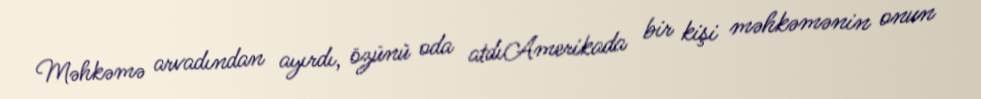
Məhkəmə arvadından ayırdı, özünü oda atdıAmerikada bir kişi məhkəmənin onun